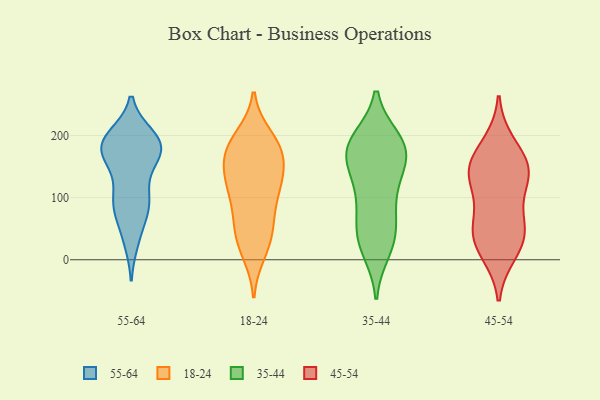
{"axis": {"x": "Page Views", "y": "Value"}, "legend": ["18-24", "35-44", "45-54", "55-64"], "data": [{"x": "", "y": 84, "type": "55-64"}, {"x": "", "y": 86, "type": "55-64"}, {"x": "", "y": 84, "type": "55-64"}, {"x": "", "y": 95, "type": "55-64"}, {"x": "", "y": 174, "type": "55-64"}, {"x": "", "y": 178, "type": "55-64"}, {"x": "", "y": 198, "type": "55-64"}, {"x": "", "y": 193, "type": "55-64"}, {"x": "", "y": 196, "type": "55-64"}, {"x": "", "y": 181, "type": "55-64"}, {"x": "", "y": 150, "type": "55-64"}, {"x": "", "y": 109, "type": "55-64"}, {"x": "", "y": 157, "type": "55-64"}, {"x": "", "y": 188, "type": "55-64"}, {"x": "", "y": 181, "type": "55-64"}, {"x": "", "y": 37, "type": "55-64"}, {"x": "", "y": 92, "type": "55-64"}, {"x": "", "y": 31, "type": "55-64"}, {"x": "", "y": 172, "type": "55-64"}, {"x": "", "y": 188, "type": "55-64"}, {"x": "", "y": 59, "type": "18-24"}, {"x": "", "y": 176, "type": "18-24"}, {"x": "", "y": 63, "type": "18-24"}, {"x": "", "y": 175, "type": "18-24"}, {"x": "", "y": 193, "type": "18-24"}, {"x": "", "y": 127, "type": "18-24"}, {"x": "", "y": 198, "type": "18-24"}, {"x": "", "y": 34, "type": "18-24"}, {"x": "", "y": 20, "type": "18-24"}, {"x": "", "y": 109, "type": "18-24"}, {"x": "", "y": 166, "type": "18-24"}, {"x": "", "y": 149, "type": "18-24"}, {"x": "", "y": 184, "type": "18-24"}, {"x": "", "y": 113, "type": "18-24"}, {"x": "", "y": 11, "type": "18-24"}, {"x": "", "y": 122, "type": "18-24"}, {"x": "", "y": 112, "type": "18-24"}, {"x": "", "y": 156, "type": "18-24"}, {"x": "", "y": 58, "type": "18-24"}, {"x": "", "y": 179, "type": "35-44"}, {"x": "", "y": 90, "type": "35-44"}, {"x": "", "y": 175, "type": "35-44"}, {"x": "", "y": 158, "type": "35-44"}, {"x": "", "y": 172, "type": "35-44"}, {"x": "", "y": 192, "type": "35-44"}, {"x": "", "y": 47, "type": "35-44"}, {"x": "", "y": 189, "type": "35-44"}, {"x": "", "y": 16, "type": "35-44"}, {"x": "", "y": 188, "type": "35-44"}, {"x": "", "y": 32, "type": "35-44"}, {"x": "", "y": 63, "type": "35-44"}, {"x": "", "y": 119, "type": "35-44"}, {"x": "", "y": 155, "type": "35-44"}, {"x": "", "y": 29, "type": "35-44"}, {"x": "", "y": 114, "type": "35-44"}, {"x": "", "y": 122, "type": "45-54"}, {"x": "", "y": 142, "type": "45-54"}, {"x": "", "y": 13, "type": "45-54"}, {"x": "", "y": 145, "type": "45-54"}, {"x": "", "y": 28, "type": "45-54"}, {"x": "", "y": 156, "type": "45-54"}, {"x": "", "y": 185, "type": "45-54"}, {"x": "", "y": 43, "type": "45-54"}, {"x": "", "y": 62, "type": "45-54"}, {"x": "", "y": 135, "type": "45-54"}, {"x": "", "y": 50, "type": "45-54"}]}